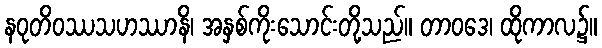
နဝုတိဝဿသဟဿာနိ၊ အနှစ်ကိုးသောင်းတို့သည်။ တာဝဒေ၊ ထိုကာလ၌။